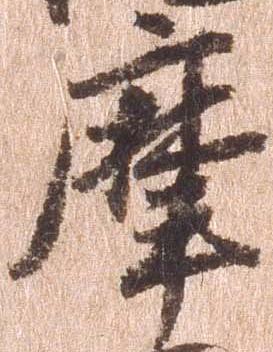
摩